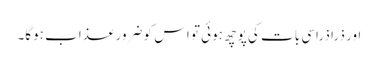
اور ذرا ذراسی بات کی پوچھ ہوئی تو اس کو ضرور عذاب ہوگا۔